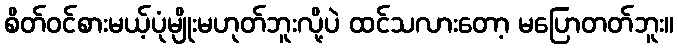
စိတ်ဝင်စားမယ့်ပုံမျိုးမဟုတ်ဘူးလို့ပဲ ထင်သလားတော့ မပြောတတ်ဘူး။